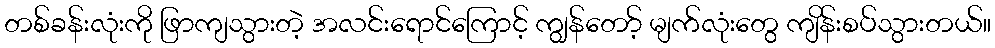
တစ်ခန်းလုံးကို ဖြာကျသွားတဲ့ အလင်းရောင်ကြောင့် ကျွန်တော့် မျက်လုံးတွေ ကျိန်းစပ်သွားတယ်။